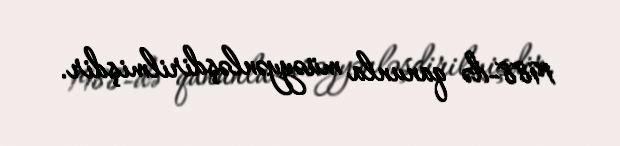
1988-də qanunla müəyyənləşdirilmişdir.